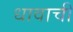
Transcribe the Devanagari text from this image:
धावाची